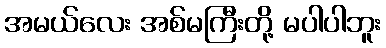
အမယ်လေး အစ်မကြီးတို့ မပါပါဘူး